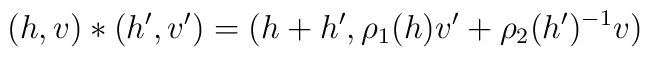
(h,v) \ast (h',v') = (h+h', \rho_{1}(h)v' + \rho_{2}(h')^{-1} v)